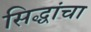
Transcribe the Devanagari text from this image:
सिद्धांचा